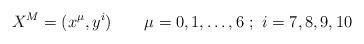
LaTeX: \begin{align*}X^M=(x^\mu,y^i)\qquad \mu=0,1,\ldots,6\ ;\ i=7,8,9,10\end{align*}